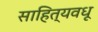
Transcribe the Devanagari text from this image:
साहित्यवधू